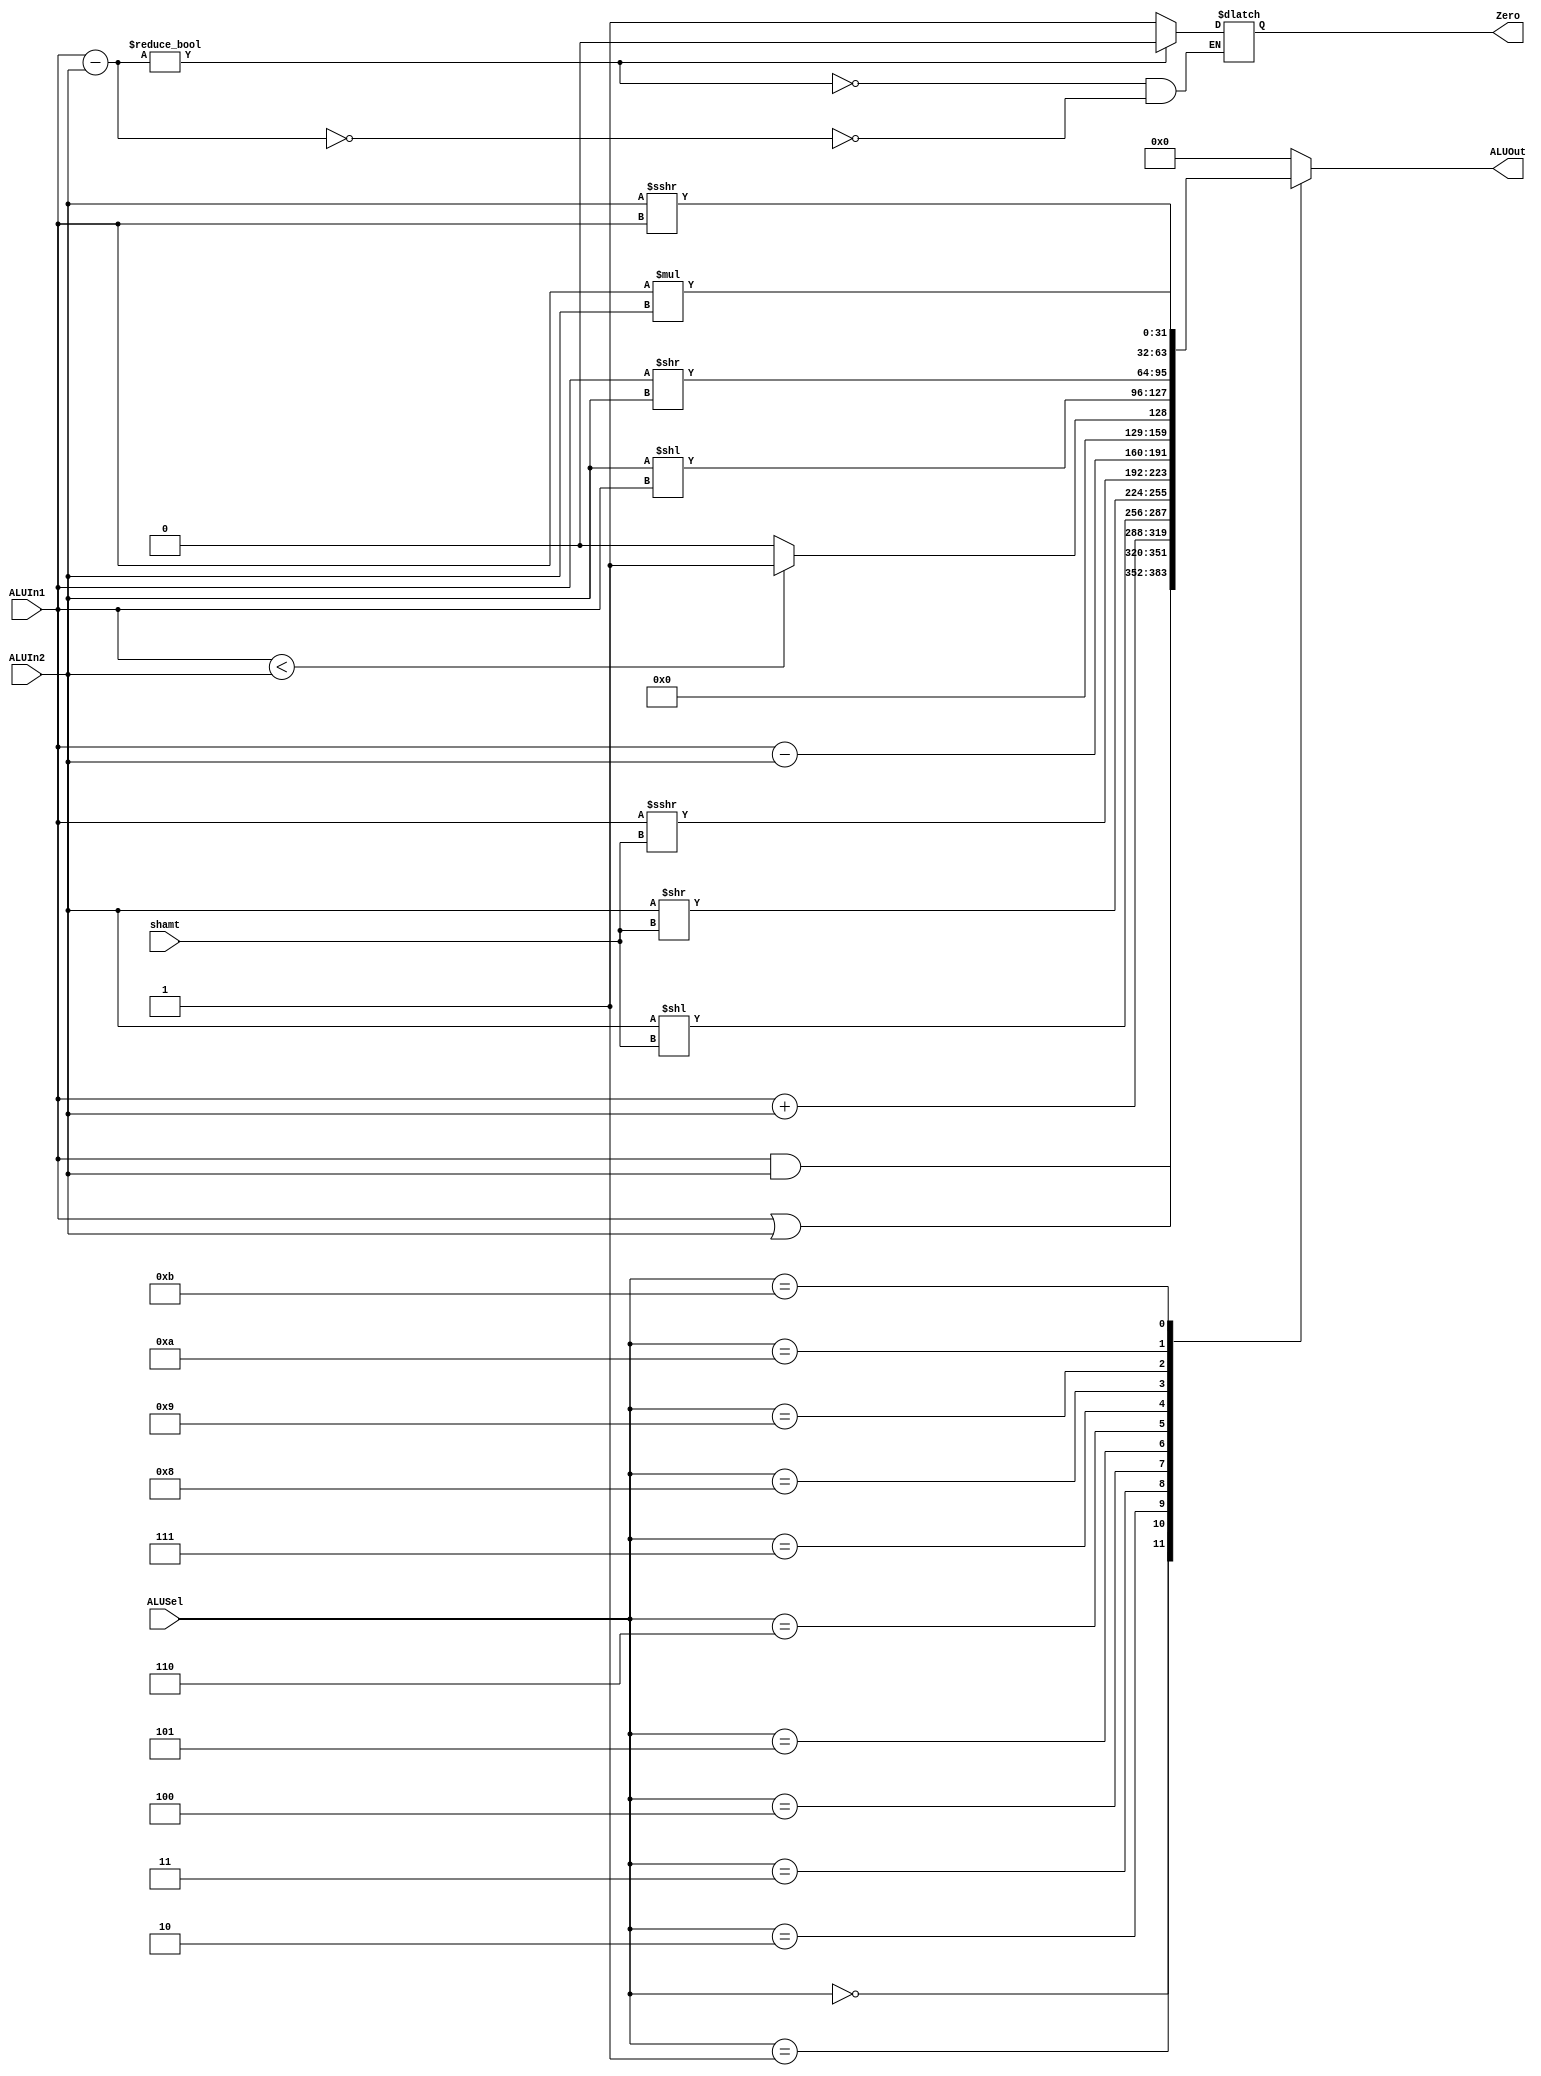
`timescale 1ns / 1ps
//////////////////////////////////////////////////////////////////////////////////
// Company: 
// Engineer: 
// 
// Design Name: 
// Module Name: ALU
// Project Name: 
// Target Devices: 
// Tool Versions: 
// Description: 
// 
// Dependencies: 
// 
// Revision:
// Revision 0.01 - File Created
// Additional Comments:
// 
//////////////////////////////////////////////////////////////////////////////////


module ALU(
input [31 : 0] ALUIn1, ALUIn2,   //ALUIn1 comes from RFRD1 and ALUIn2 comes from MUX
input [3 : 0] ALUSel,           //Operation Identifier 
input [4 : 0] shamt,            //Shift amount
output reg signed [31 : 0] ALUOut,
output reg Zero 
);
wire [32 : 0] temp;
reg [31 : 0] ALUResult;

assign temp = ALUIn1 - ALUIn2;  //This checks if ALUIn1 and ALUIn2 are the same values

always @(*) begin

//Zero gets sent to PCSel
if(temp == 0) begin
    Zero <= 1'b1;
   end

if(temp != 0) begin
    Zero <= 1'b0;
    end
   
   case(ALUSel)
    
    4'b0000: ALUResult <= ALUIn1 & ALUIn2;     //AND
    4'b0001: ALUResult <= ALUIn1 | ALUIn2;     //OR
    4'b0010: ALUResult <= ALUIn1 + ALUIn2;     //ADD
    4'b0011: ALUResult <= ALUIn2 << shamt;     //SLL
    4'b0100: ALUResult <= ALUIn2 >> shamt;     //SRL
    4'b0101: ALUResult <= ALUIn1 >>> shamt;   //ARITHMATIC SHIFT RIGHT
    4'b0110: ALUResult <= ALUIn1 - ALUIn2;     //SUBTRACTION
    4'b0111: begin     
             if(ALUIn1 < ALUIn2) begin
                ALUResult <= 1'b1;
             end
             else begin
                ALUResult <= 1'b0;
             end
    end
    4'b1000: ALUResult <= (ALUIn2 << ALUIn1);     //SLLV
    4'b1001: ALUResult <= ALUIn1 >> ALUIn2;       //SRLV
    4'b1010: ALUResult <= (ALUIn2 >>> ALUIn1);    //SRAV
    4'b1011: ALUResult <= ALUIn1 * ALUIn2;        //MULTIPLICATION
    
    default: ALUResult <= 32'h00000000;        //Default 0
   
   endcase
   
   ALUOut = ALUResult;
   
end //end of always



endmodule